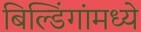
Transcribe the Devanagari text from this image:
बिल्डिंगांमध्ये